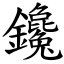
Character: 鑱